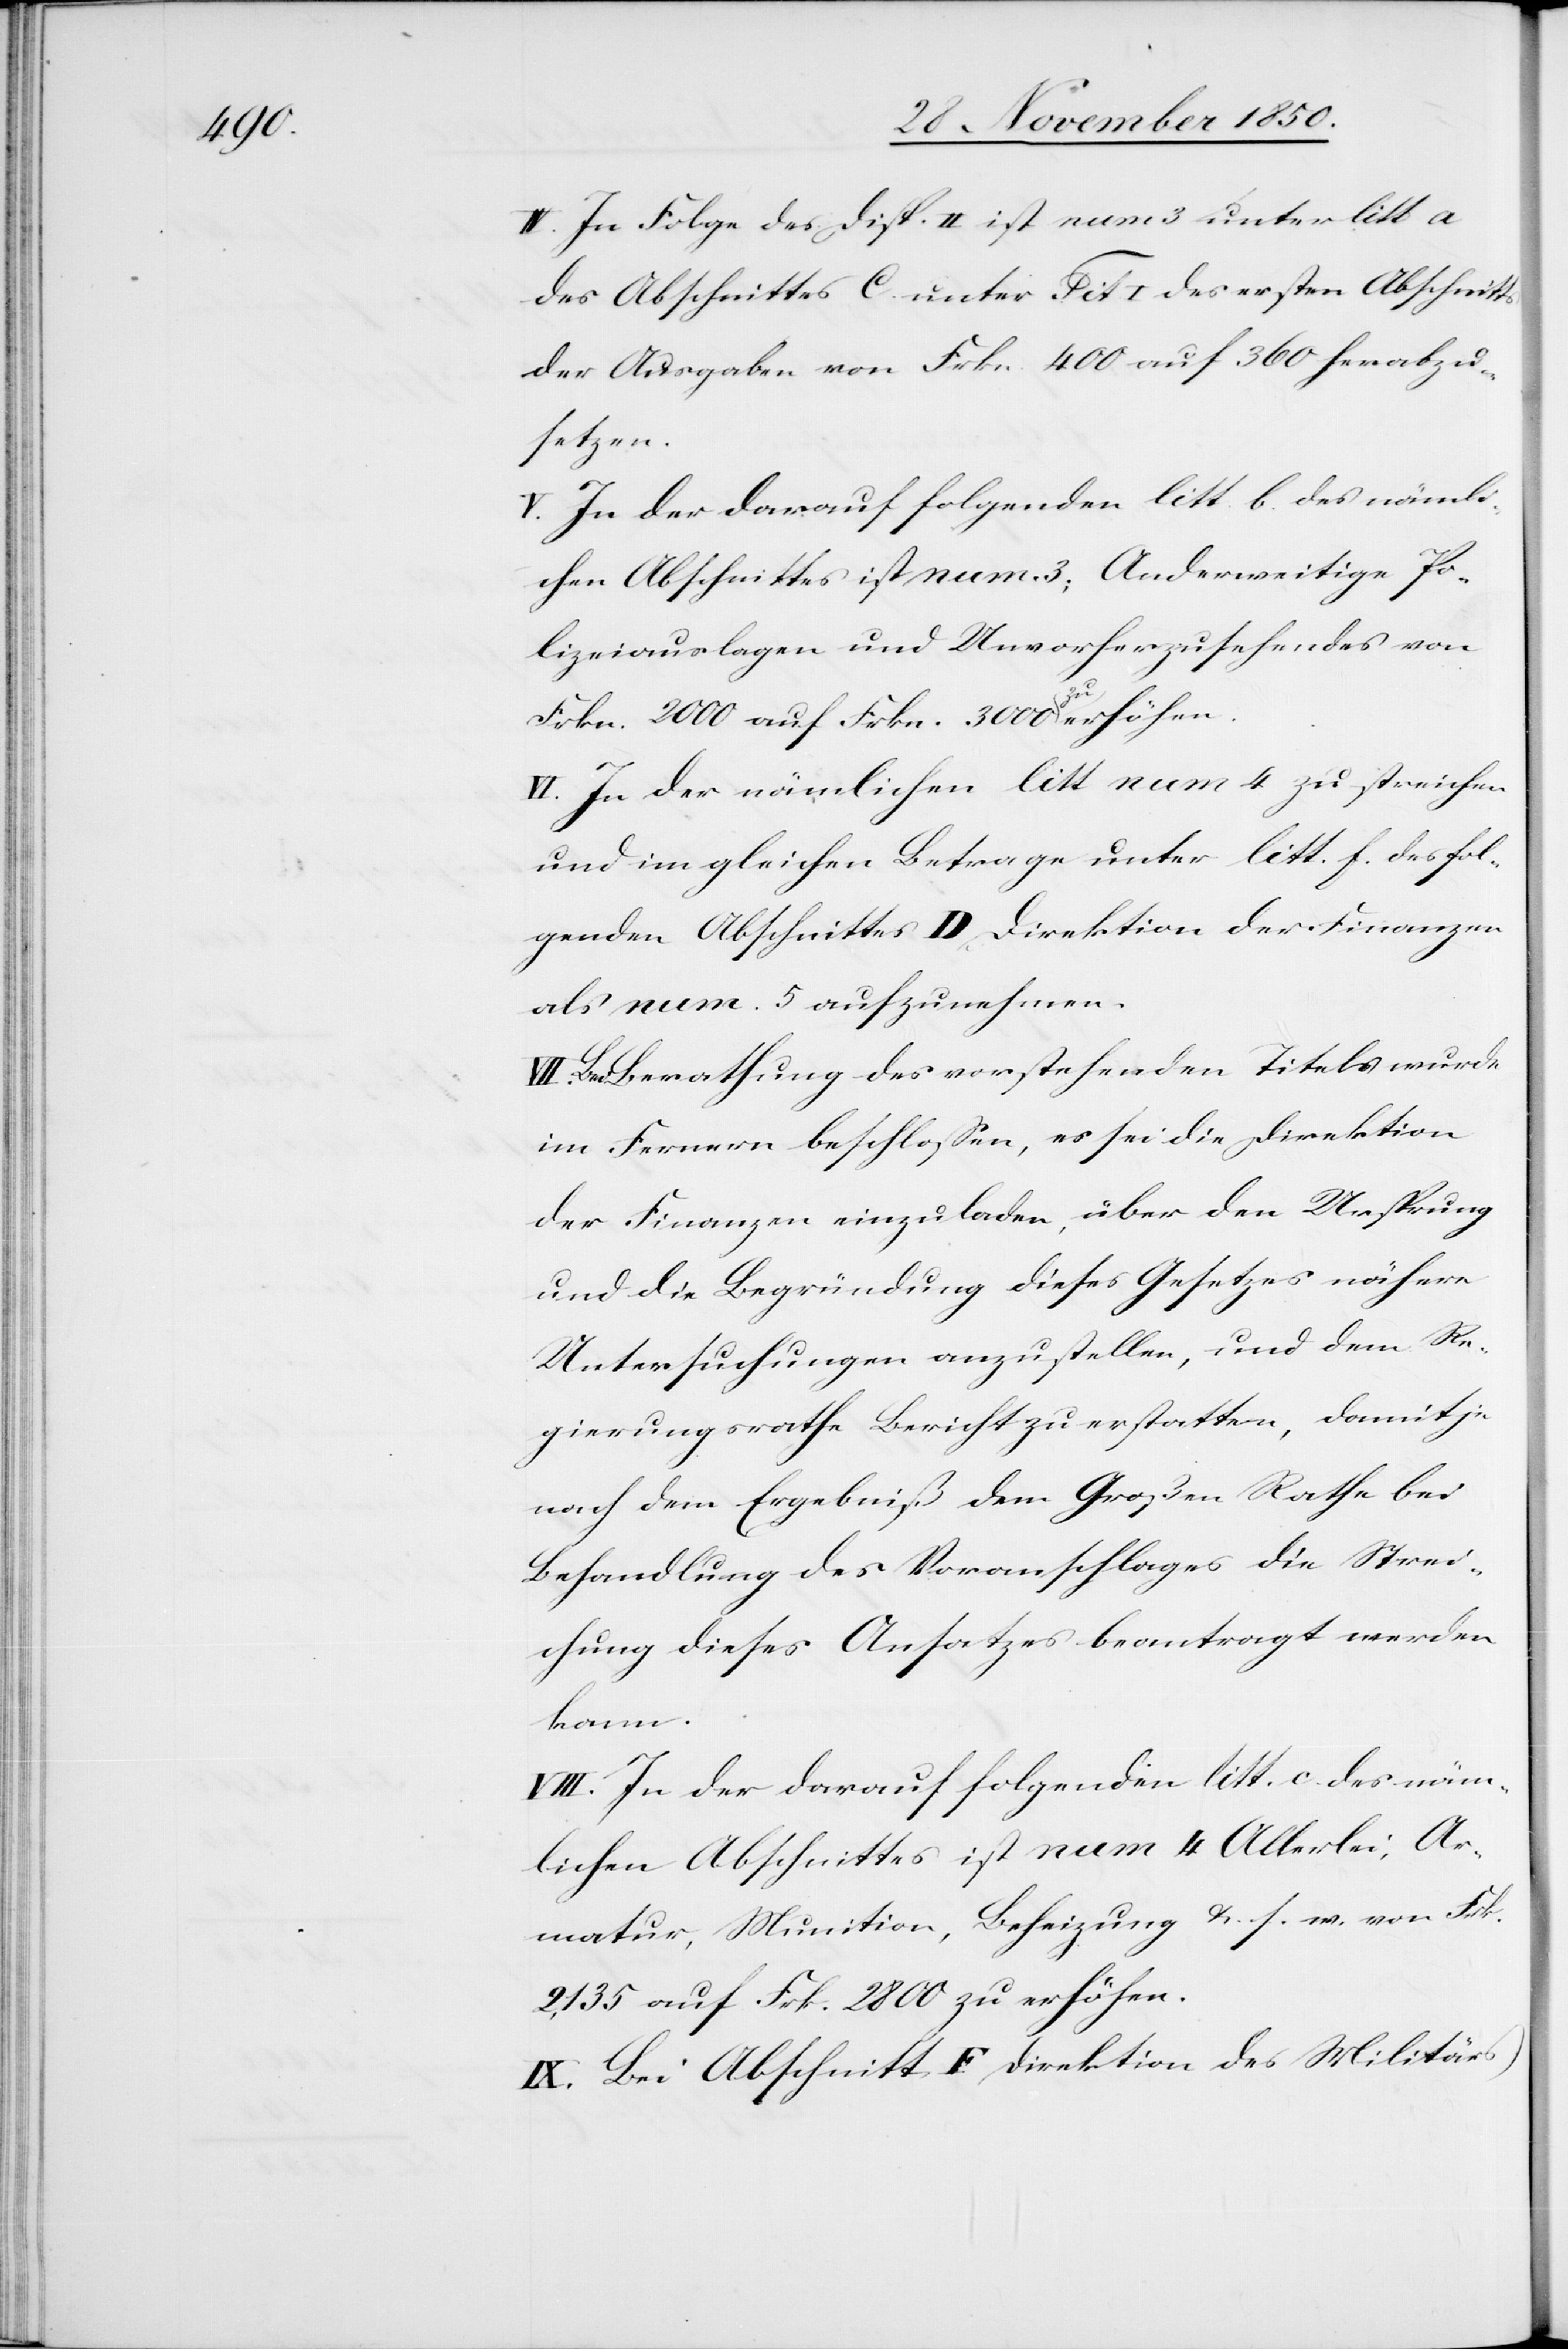
IV. In Folge des Disp. II ist num 3 unter litt a
des Abschnittes C. unter Tit I des ersten Abschnitts
der Ausgaben von Frkn. 400 auf 360 herabzu¬
setzen.
V. In der darauf folgenden litt b. des nämli¬
chen Abschnittes ist num 3; Anderweitige Po¬
lizeiauslagen und Unvorherzusehendes von
Frkn. 2000 auf Frkn. 3000 zu erhöhen.
VI. In der nämlichen litt num 4 zu streichen
und im gleichen Betrage unter litt f. des fol¬
genden Abschnittes D Direktion der Finanzen
als num 5 aufzunehmen.
VII. Bei Berathung des vorstehenden Titels wurde
im Fernern beschlossen, es sei die Direktion
der Finanzen einzuladen, über den Ursprung
und die Begründung dieses Gesetzes nähere
Untersuchungen anzustellen, und dem Re¬
gierungsrathe Bericht zu erstatten, damit je
nach dem Ergebniß dem Großen Rathe bei
Behandlung des Voranschlages die Strei¬
chung dieses Ansatzes beantragt werden
kann.
VIII. In der darauf folgenden litt. c. des näm¬
lichen Abschnittes ist num 4 Allerlei, Ar¬
matur, Munition, Beheizung u. s. w. von Frk.
2,135 auf Frk. 2800 zu erhöhen.
IX. Bei Abschnitt F Direktion des Militärs